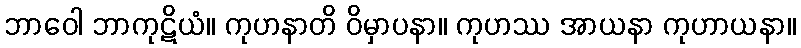
ဘာဝေါ ဘာကုဋိယံ။ ကုဟနာတိ ဝိမှာပနာ။ ကုဟဿ အာယနာ ကုဟာယနာ။